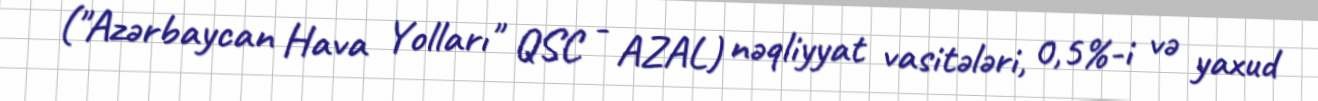
("Azərbaycan Hava Yolları" QSC - AZAL) nəqliyyat vasitələri, 0,5%-i və yaxud